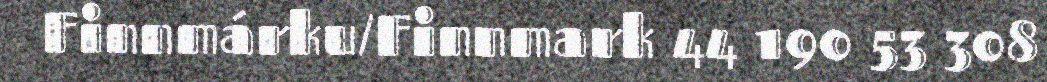
Finnmárku/Finnmark 44 190 53 308